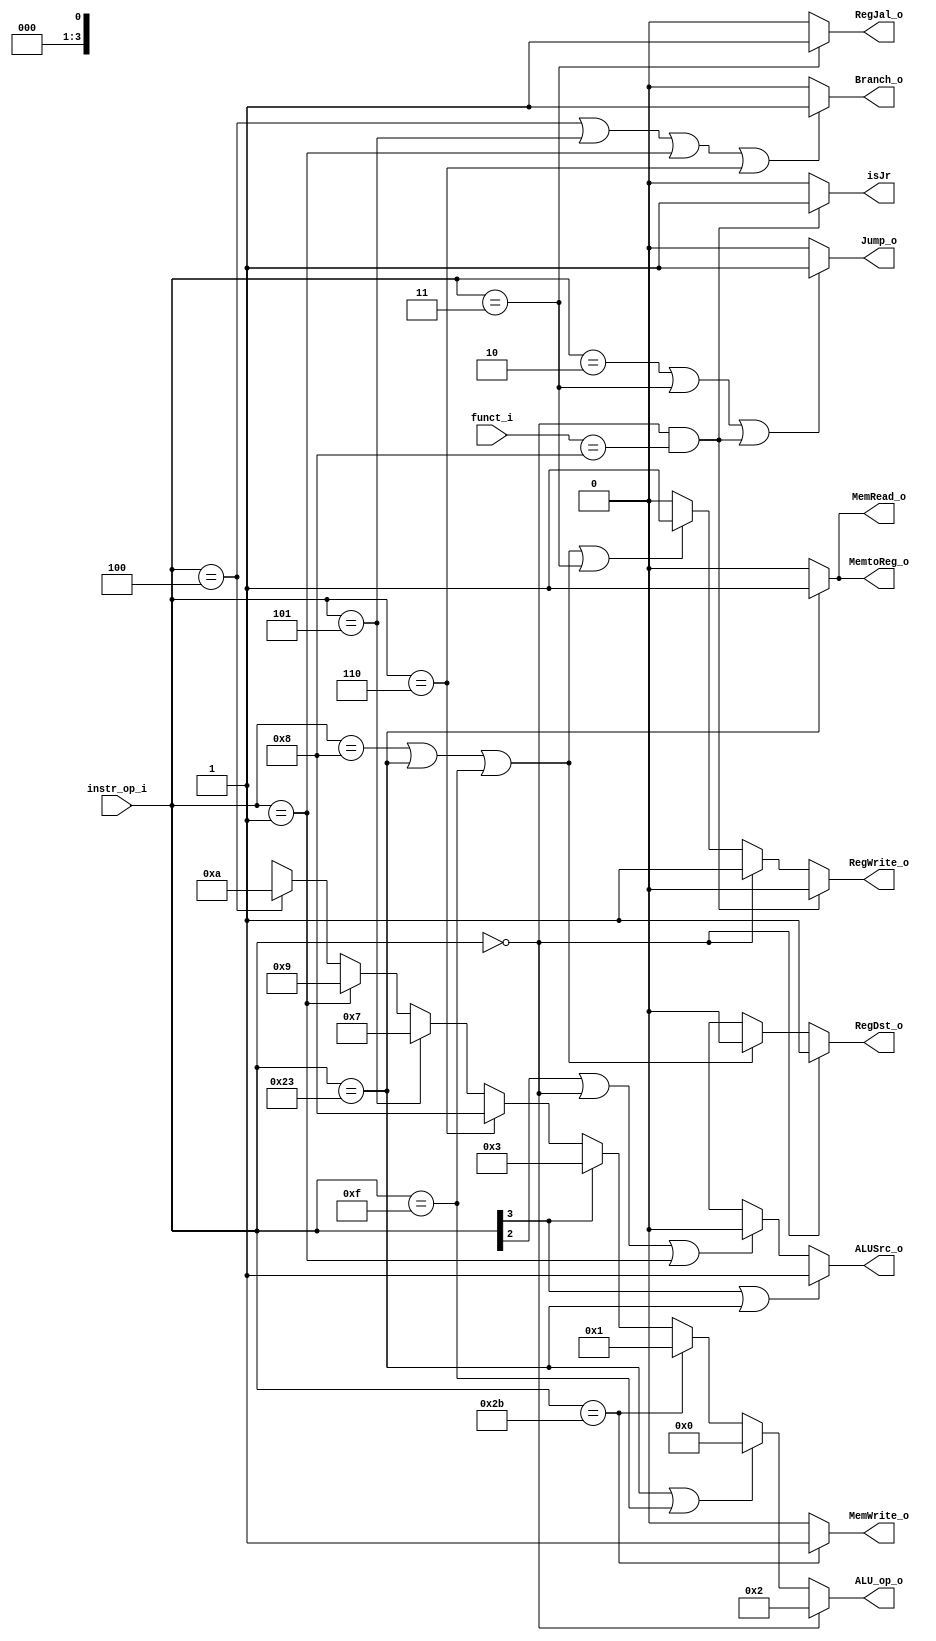
//Subject:     CO project 2 - Decoder
//--------------------------------------------------------------------------------
//Version:     1
//--------------------------------------------------------------------------------
//Writer:      
//----------------------------------------------
//Date:        
//----------------------------------------------
//Description: 
//--------------------------------------------------------------------------------

module Decoder(
    instr_op_i,
	RegWrite_o,
	ALU_op_o,
	ALUSrc_o,
	RegDst_o,
	Branch_o,
	MemRead_o,
	MemWrite_o,
	MemtoReg_o,
	Jump_o,
	// isJal,
	funct_i,
	isJr,
	RegJal_o
	);
     
//I/O ports
input  [6-1:0] instr_op_i;
input [5:0] funct_i;
output         RegWrite_o;
output [3:0] ALU_op_o;
output         ALUSrc_o;
output         RegDst_o;
output         Branch_o;
output 		MemWrite_o;
output 		MemRead_o;
output 		MemtoReg_o;
output 		Jump_o;
// output 		isJal;
output 		isJr;
output 		RegJal_o;
//Internal Signals
reg    [3:0] ALU_op_o;
reg            ALUSrc_o;
reg            RegWrite_o;
reg            RegDst_o;
reg            Branch_o;
reg 		MemWrite_o;
reg 		MemRead_o;
reg 		MemtoReg_o;
reg 		Jump_o;
// reg 		isJal;
reg 		isJr;
reg 		RegJal_o;
//Parameter


//Main function
always@(*) begin
	ALUSrc_o = (instr_op_i[3]==1'b1 || instr_op_i==6'b100011 )/*lw, li,sw, immediate*/
	?1'b1:(instr_op_i[2]==1 || instr_op_i==6'b0 || instr_op_i==6'b1)?1'b0:1'bx/*j, jal, jr*/;

	RegWrite_o = (instr_op_i==6'b0 && funct_i==6'b1000)?/*jr*/1'b0:(instr_op_i==6'b0)?1'b1:
	(instr_op_i==6'b001000 || instr_op_i==6'b100011 || instr_op_i==6'b001111 || instr_op_i==6'b000011)/*addi, lw, li, jal*/?1'b1:1'b0;
	
	Branch_o = (instr_op_i==6'b000100 || instr_op_i == 6'b000101 || instr_op_i == 6'b000001 || instr_op_i==6'b000110)
	?1'b1:1'b0 ;

	MemtoReg_o = (instr_op_i == 6'b100011)/* lw*/?1'b1:1'b0;
	isJr = (instr_op_i==6'b0 && funct_i==6'b1000)?/*jr*/1'b1:1'b0;
	MemWrite_o = (instr_op_i==6'b101011)?1'b1:1'b0;
	MemRead_o = (instr_op_i==6'b100011 )?1'b1:1'b0;
	Jump_o = (instr_op_i==6'b000010 || instr_op_i==6'b000011 || (instr_op_i==6'b000000 && funct_i==6'b001000) )/*j and jal*/?1'b1:1'b0;
	// isJal = (instr_op_i==6'b000011)?1'b1:1'b0;
	// isJr = (instr_op_i==6'b0)?1'b0:1'b0;
	RegJal_o = (instr_op_i==6'b000_011)/*jal*/?1'b1:1'b0;
	RegDst_o = (instr_op_i==6'b0)?1'b1:(instr_op_i==6'b001000 || instr_op_i==6'b100011 || instr_op_i==6'b001111)
	?1'b0:1'bx;

	ALU_op_o = (instr_op_i==6'b0)?4'b010/*Rtype*/:(instr_op_i==6'b100011 || instr_op_i==6'b001111)?4'b000/*lw, li*/:
	(instr_op_i==6'b101011)?4'b001/*sw*/:	(instr_op_i[3]==1'b1)?4'b011:/*Itype_add*/
	(instr_op_i==6'b000110)?4'b1000/*ble*/: (instr_op_i==6'b000101)?4'b111/*bnez*/:
	(instr_op_i==6'b1)?4'b1001/*bltz*/:(instr_op_i==6'b000100)?4'b1010/*beq*/:1'bx;
end
endmodule